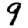
Digit: 9